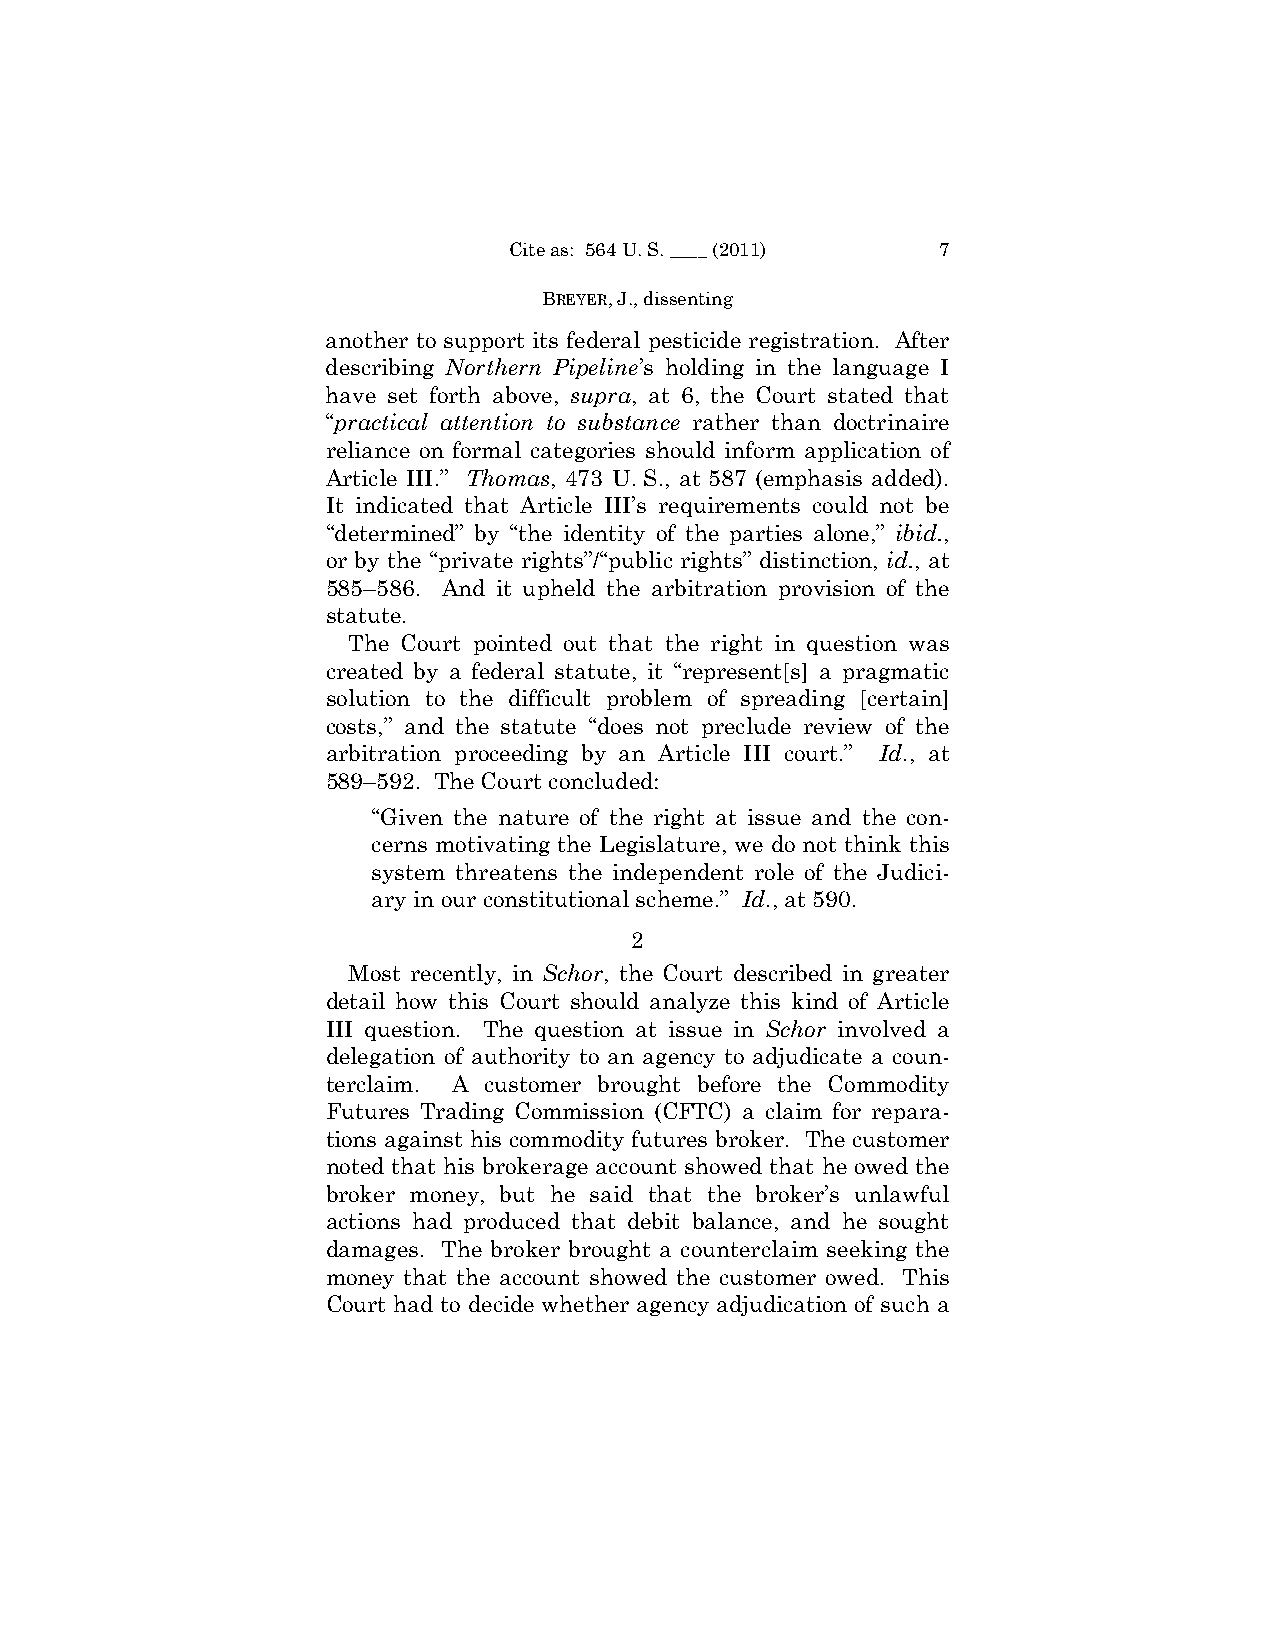
Cite as: 564 U. S. ____ (2011) 7
 BREYER, J., dissenting
 another to support its federal pesticide registration. After
 describing Northern Pipeline’s holding in the language I
 have set forth above, supra, at 6, the Court stated that
 “practical attention to substance rather than doctrinaire
 reliance on formal categories should inform application of
 Article III.” Thomas, 473 U. S., at 587 (emphasis added).
 It indicated that Article III’s requirements could not be
 “determined” by “the identity of the parties alone,” ibid.,
 or by the “private rights”/“public rights” distinction, id., at
 585–586. And it upheld the arbitration provision of the
 statute.
 The Court pointed out that the right in question was
 created by a federal statute, it “represent[s] a pragmatic
 solution to the difficult problem of spreading [certain]
 costs,” and the statute “does not preclude review of the
 arbitration proceeding by an Article III court.” Id., at
 589–592. The Court concluded:
 “Given the nature of the right at issue and the con­
 cerns motivating the Legislature, we do not think this
 system threatens the independent role of the Judici­
 ary in our constitutional scheme.” Id., at 590.
 2
 Most recently, in Schor, the Court described in greater
 detail how this Court should analyze this kind of Article
 III question. The question at issue in Schor involved a
 delegation of authority to an agency to adjudicate a coun­
 terclaim. A customer brought before the Commodity
 Futures Trading Commission (CFTC) a claim for repara­
 tions against his commodity futures broker. The customer
 noted that his brokerage account showed that he owed the
 broker money, but he said that the broker’s unlawful
 actions had produced that debit balance, and he sought
 damages. The broker brought a counterclaim seeking the
 money that the account showed the customer owed. This
 Court had to decide whether agency adjudication of such a